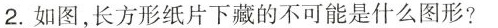
2.如图，长方形纸片下藏的不可能是什么图形?